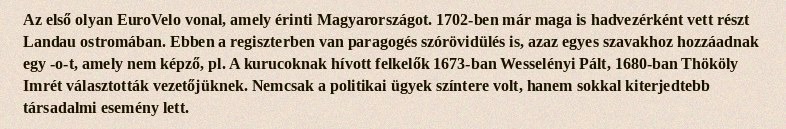
Az első olyan EuroVelo vonal, amely érinti Magyarországot. 1702-ben már maga is hadvezérként vett részt Landau ostromában. Ebben a regiszterben van paragogés szórövidülés is, azaz egyes szavakhoz hozzáadnak egy -o-t, amely nem képző, pl. A kurucoknak hívott felkelők 1673-ban Wesselényi Pált, 1680-ban Thököly Imrét választották vezetőjüknek. Nemcsak a politikai ügyek színtere volt, hanem sokkal kiterjedtebb társadalmi esemény lett.